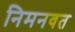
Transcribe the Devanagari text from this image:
निमनवत